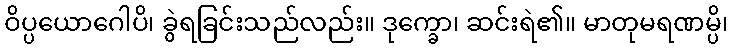
ဝိပ္ပယောဂေါပိ၊ ခွဲရခြင်းသည်လည်း။ ဒုက္ခော၊ ဆင်းရဲ၏။ မာတုမရဏမ္ပိ၊